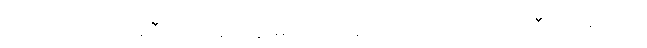
အညာဘဝေါ၊ သညီဘဝသည်။ န၊ မဟုတ်။ အသညာဘဝေါ၊ အသညီဘဝမဟုတ်။